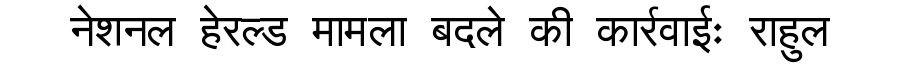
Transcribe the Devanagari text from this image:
नेशनल हेरल्ड मामला बदले की कार्रवाईः राहुल